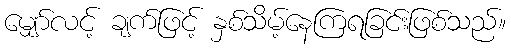
မျှော်လင့် ချက်ဖြင့် နှစ်သိမ့်နေကြရခြင်းဖြစ်သည်။